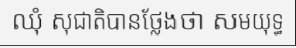
ឈុំ សុជាតិបានថ្លែងថា សមយុទ្ធ